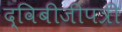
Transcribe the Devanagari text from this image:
द्विबीजीपत्री